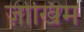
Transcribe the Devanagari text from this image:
ज़ोखिम